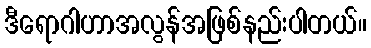
ဒီရောဂါဟာအလွန်အဖြစ်နည်းပါတယ်။